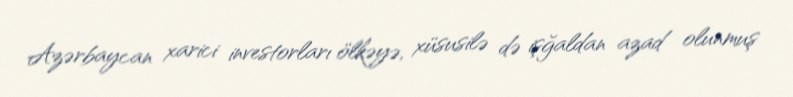
Azərbaycan xarici investorları ölkəyə, xüsusilə də işğaldan azad olunmuş